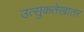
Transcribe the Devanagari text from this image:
उत्सुकतेखातर